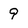
Character: 9